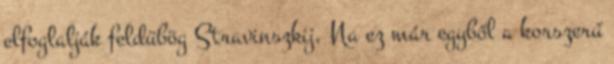
elfoglalják feldübög Stravinszkij. Na ez már egyből a korszerű